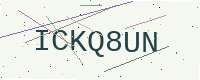
Text: ICKQ8UN